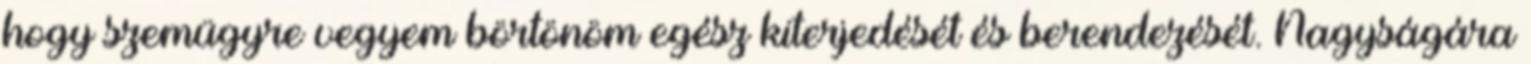
hogy szemügyre vegyem börtönöm egész kiterjedését és berendezését. Nagyságára